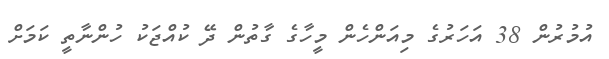
އުމުރުން 38 އަހަރުގެ މިއަންހެން މީހާގެ ގާތުން ދޭ ކުއްޖަކު ހުންނާތީ ކަމަށް